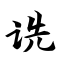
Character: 诜